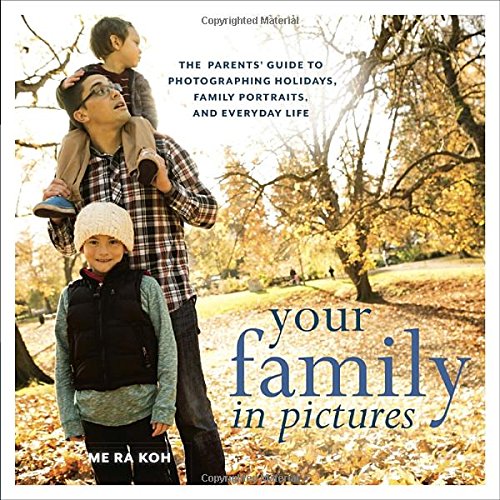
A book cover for Your Family in Pictures: The Parents' Guide to Photographing Holidays, Family Portraits, and Everyday Life; Me Ra Koh; Arts & Photography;